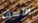
الأسف